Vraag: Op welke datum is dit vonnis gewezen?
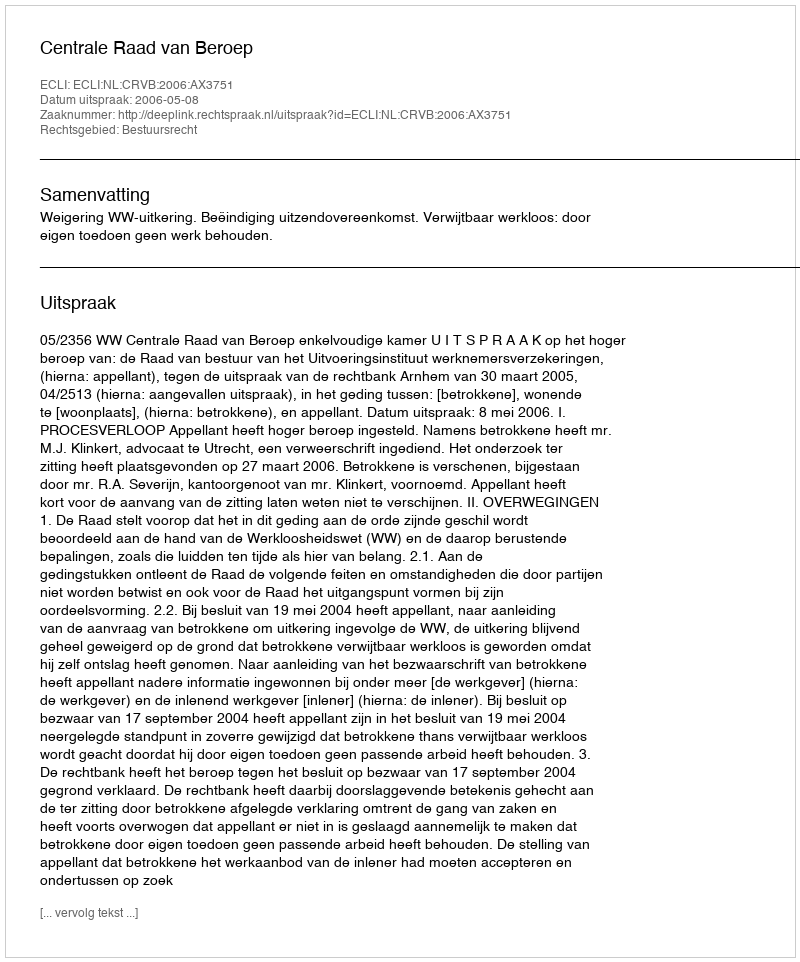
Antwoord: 2006-05-08